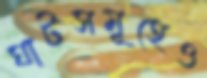
ঘাটসমূহেও